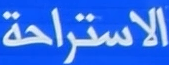
الاستراحة